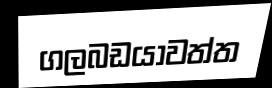
ගලබඩයාවත්ත